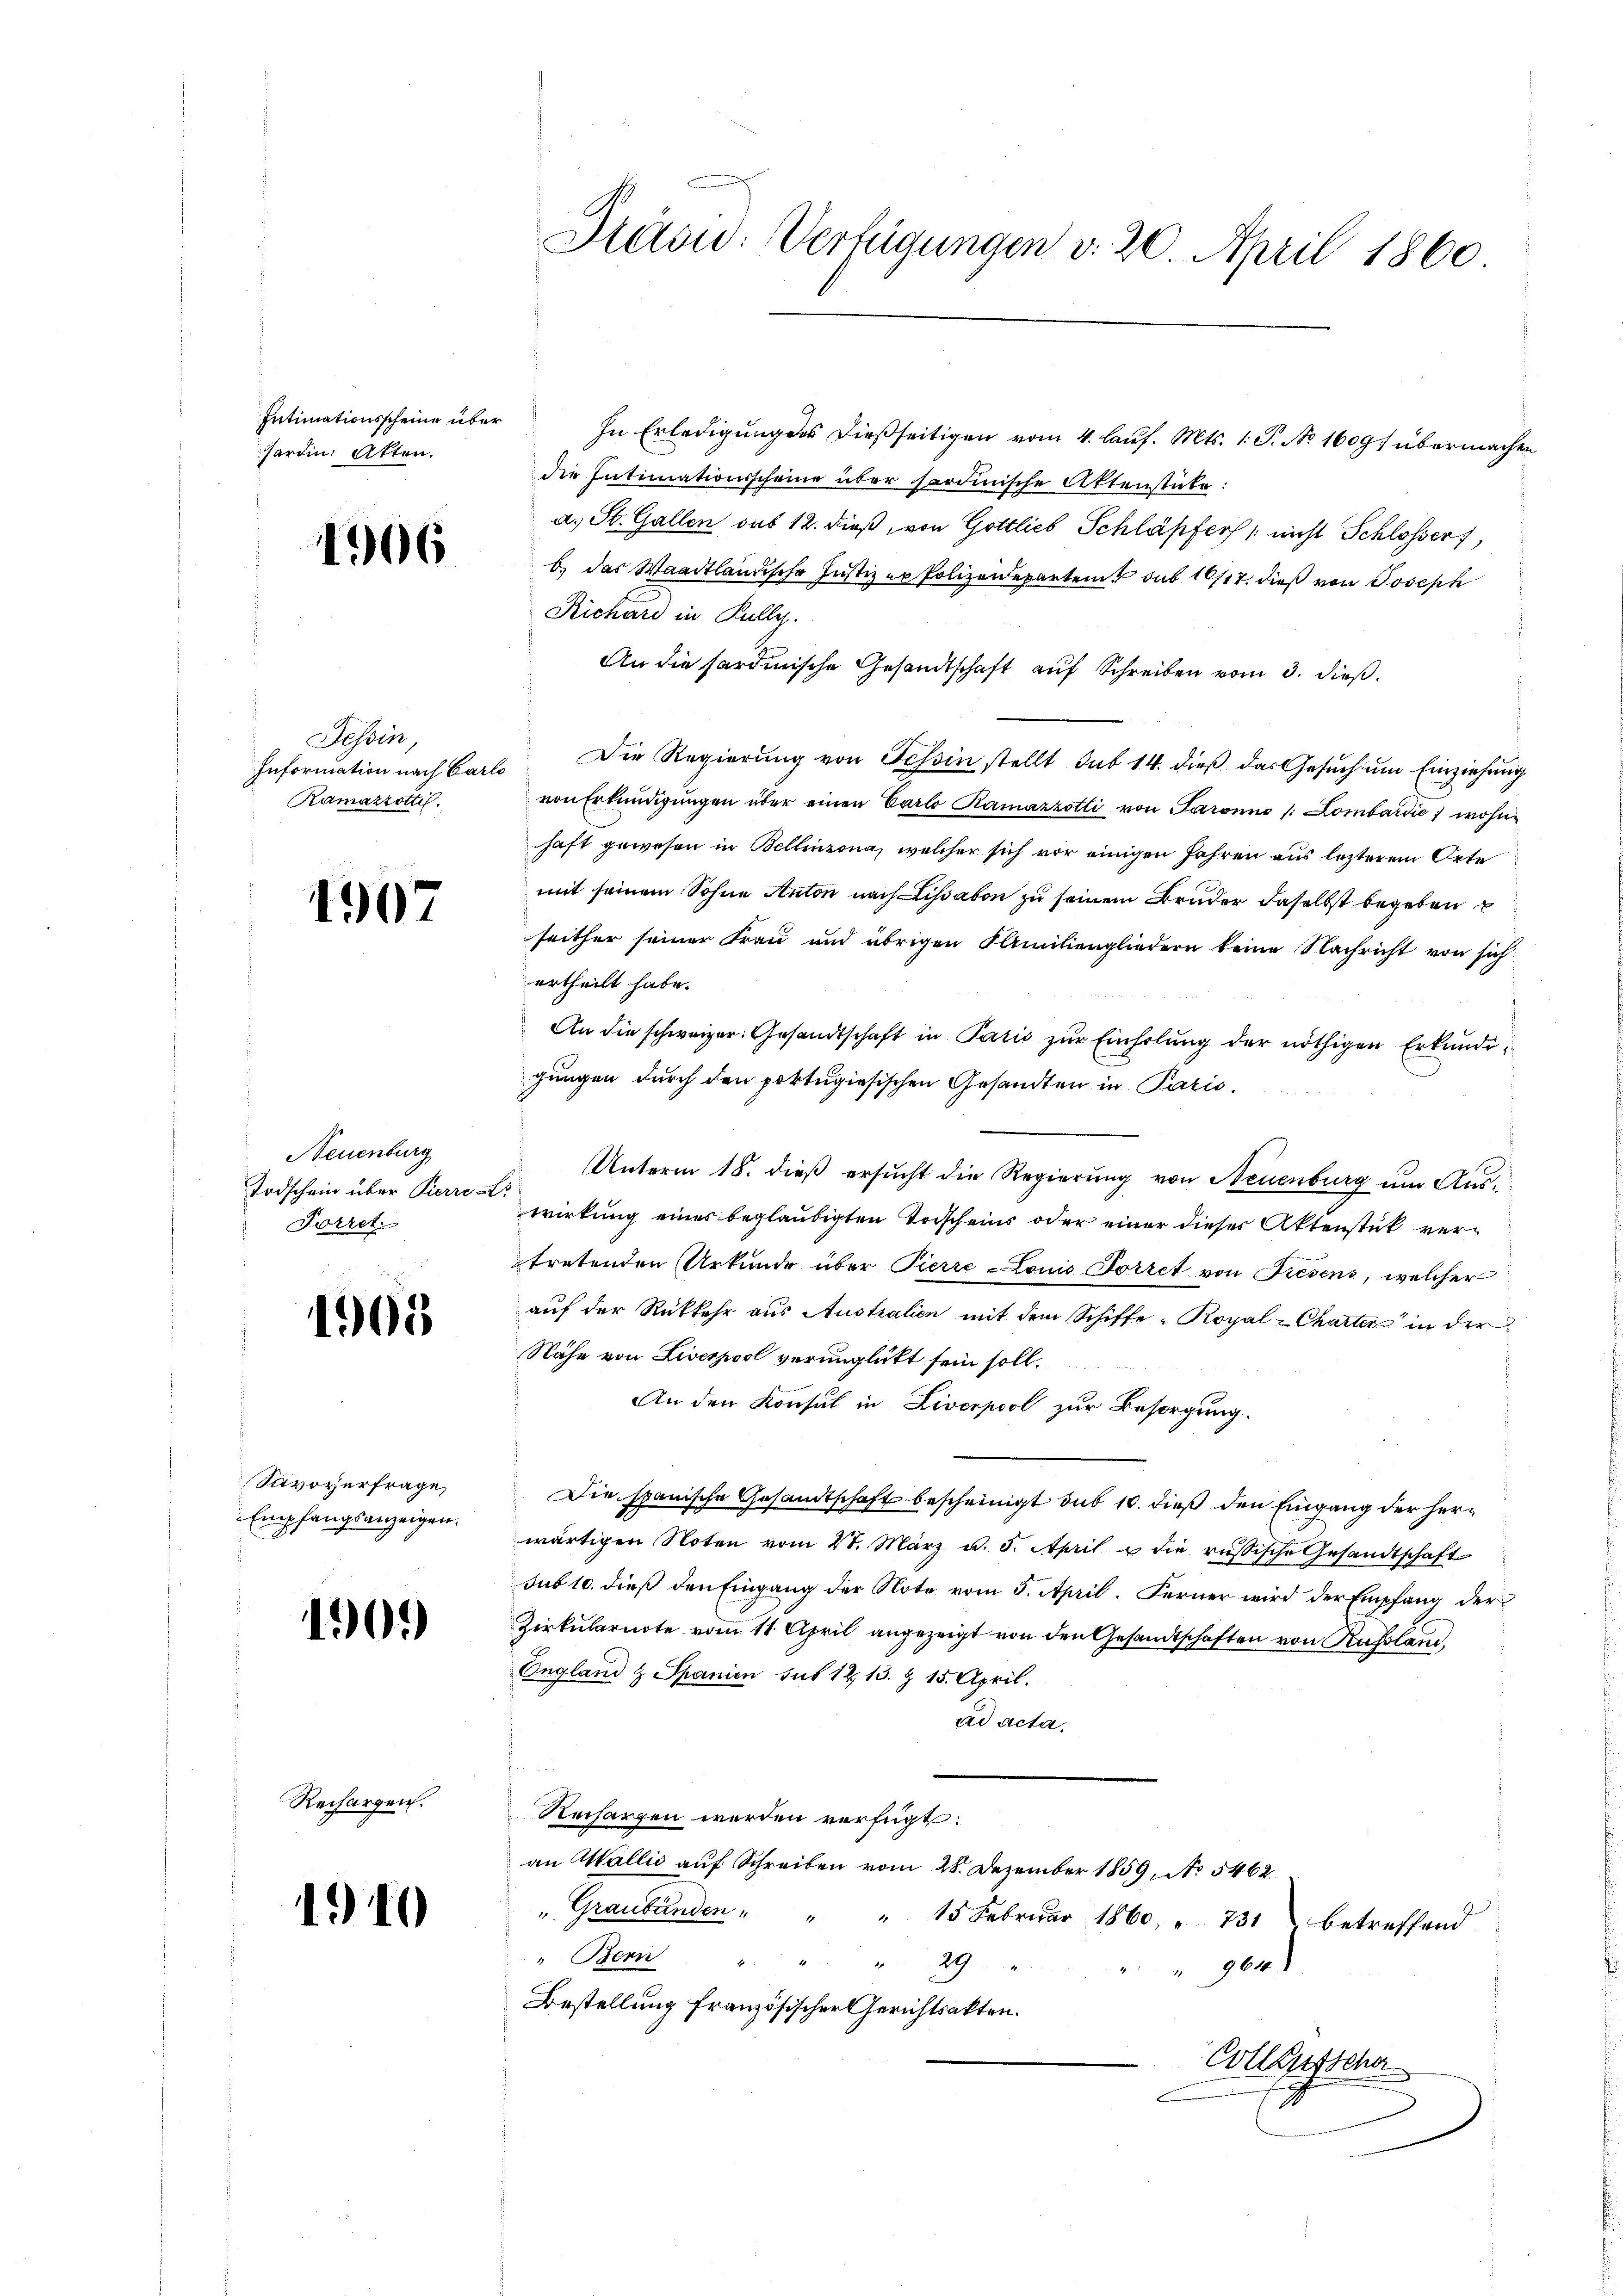
Intimationsscheine über
hardin Atten.

1306

Tessin,
Information nach Carlo
Ramazrotti

1907

Neuenburg
Todschein über Pierre Er
Forret.

1905

Savoyerfrage
Empfangsanzeigen.

1909

Rechargen.

1910

In Erledigung des dießseitigen vom 4. lauf. Mts. 1. P. Nr. 1609 f übermachen
die Intimationsscheine über sordinische Aktenstücke:
a. St. Gallen das 12. dieß, von Gottlieb Schläpfers / nicht Schlosser,
b. das Waadtländische Justiz er Polizeidepartem sub 10/11. dieß von Joseph
Richard in Kully.
An die sardinische Gesandtschaft auf Schreiben vom 3. dieß.
Die Regierung von Tessin stellt sub 14. dieß das Gesŭch ŭm Einziehung
von Erkundigungen über einen Carlo Ramazzotti von Paronno /: Lombardić wohne
haft gewesen in Bellinzona, welcher sich vor einigen Jahren aus lezterem Orte
mit seinem Sohne Anton nach Lisabon zu seinem Bruder daselbst begeben
seither seiner Frau und übrigen Familiengliedern keine Nachricht von sich
ertheilt habe.
An die schweizer. Gesandtschaft in Paris zur Einholung der nöthigen Erkundigungen durch den portugiesischen Gesandten in Pazić
Unterm 18. dieß ersŭcht die Regierung von Neuenburg um Auswirkung eines beglaubigten Torscheins oder einer dieser Aktenstück vertretenden Urkunde über Pierre-Louis Forret von Fresens, welcher
auf der Rückkehr aus Australien mit dem Schiffe-Royal -Charter in der
Nähe von Liverpool verunglückt sein soll.
An den Konsul in Liverpool zur Besorgung.
Die spanische Gesandtschaft bescheinigt sub 10. dieß den Eingang der herwärtigen Noten vom 21. März d. 5. April & die russische Gesandtschaft
sub 10. dieß den Eingang der Note vom 5. April. Ferner wird der Empfang der
Zirkularnote vom 11. April angezeigt von den Gesandtschaften von Russland,
England & Spanien sub 12, 13. § 15. April.
ad acta.
Rechargen werden verfügt:
an Wallić auf Schreiben vom 28. Dezember 1859, No 5462.
" Graubünden " " " 15 Febrŭar 1860 " 731 betreffend
" Bern
E
29
902.
Bestellung französischer Gerichtsakten.
Collaussche
2

Preis: Verfügungen v. 20. April 1860